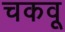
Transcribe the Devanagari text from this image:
चकवू